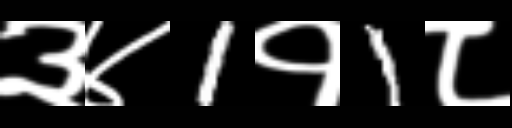
Text: ३४1१1८